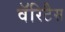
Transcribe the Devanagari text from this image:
वॅरिटैस